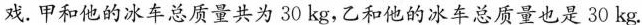
戏。甲和他的冰车总质量共为30kg，乙和他的冰车总质量也是30kg。